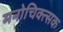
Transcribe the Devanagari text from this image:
मनोचिक्त्सक